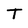
Character: T